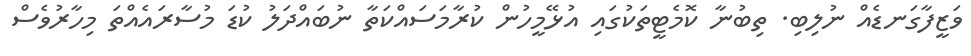
ވަޒީފާގަނޑެއް ނުލިބި. ތިބުނާ ކޮމެޓީތަކުގައި އުޅޭމީހުން ކުރާމަސައްކަތާ ނުބައްދަލު ކުޑަ މުސާރައެއްތަ މިހާރުވެސް